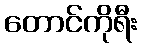
တောင်ကိုရီး